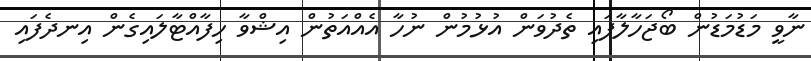
ނާވީ މަޑުމަޑުން ބޯޖަހާލާފައި ތެދުވަން އުޅުމުން ނުހާ އެއްއަތުން އިޝްވާ ހިފާއްޓާލައިގެން އިނދެފައި